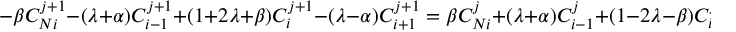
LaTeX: - \beta C _ { N i } ^ { j + 1 } - ( \lambda + \alpha ) C _ { i - 1 } ^ { j + 1 } + ( 1 + 2 \lambda + \beta ) C _ { i } ^ { j + 1 } - ( \lambda - \alpha ) C _ { i + 1 } ^ { j + 1 } = \beta C _ { N i } ^ { j } + ( \lambda + \alpha ) C _ { i - 1 } ^ { j } + ( 1 - 2 \lambda - \beta ) C _ { i } ^ { j } + ( \lambda - \alpha ) C _ { i + 1 } ^ { j } .